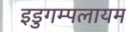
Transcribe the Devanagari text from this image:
इडुगम्पलायम